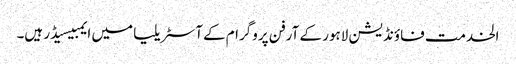
الخدمت فاؤنڈیشن لاہور کے آرفن پروگرام کےآسٹریلیا میں ایمبیسیڈر ہیں۔